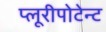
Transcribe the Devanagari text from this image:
प्लूरीपोटेन्ट